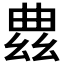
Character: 𫷠